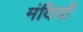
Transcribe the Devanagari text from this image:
मंदियाँ